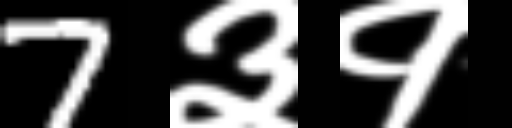
Text: 7३१